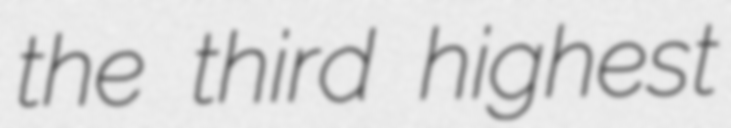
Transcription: the third highest